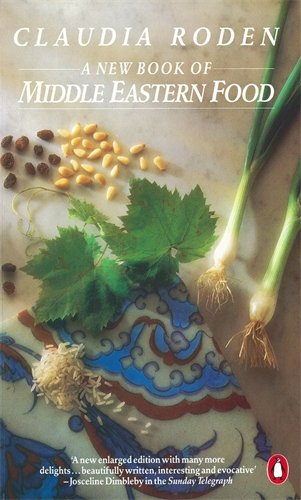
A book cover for New Book Of Middle Eastern Food Enlarged And Revised (Cookery Library); Claudia Roden; Cookbooks, Food & Wine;